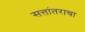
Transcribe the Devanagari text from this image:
सत्तांतराचा